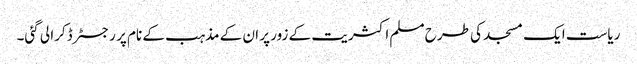
ریاست ایک مسجد کی طرح مسلم اکثریت کے زور پر ان کے مذہب کے نام پر رجسٹر ڈکرا لی گئی۔